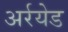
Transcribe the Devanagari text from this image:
अर्रयेड